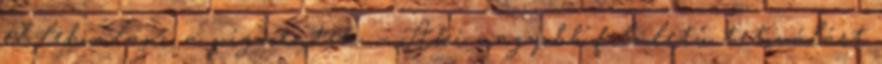
el lebomlani a pigmentek. – Aki nagyobb felületű tetoválást